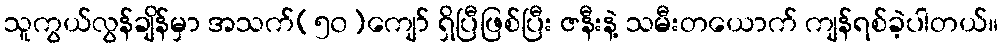
သူကွယ်လွန်ချိန်မှာ အသက်(၅၀)ကျော် ရှိပြီဖြစ်ပြီး ဇနီးနဲ့ သမီးတယောက် ကျန်ရစ်ခဲ့ပါတယ်။